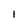
Character: 1